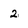
Character: 2